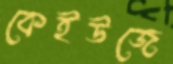
কেইউজে